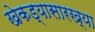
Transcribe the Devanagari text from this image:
खेकड्यासारख्या